Indian journal of veterinary science and animal husbandry - Volume 4,
Year: 1934
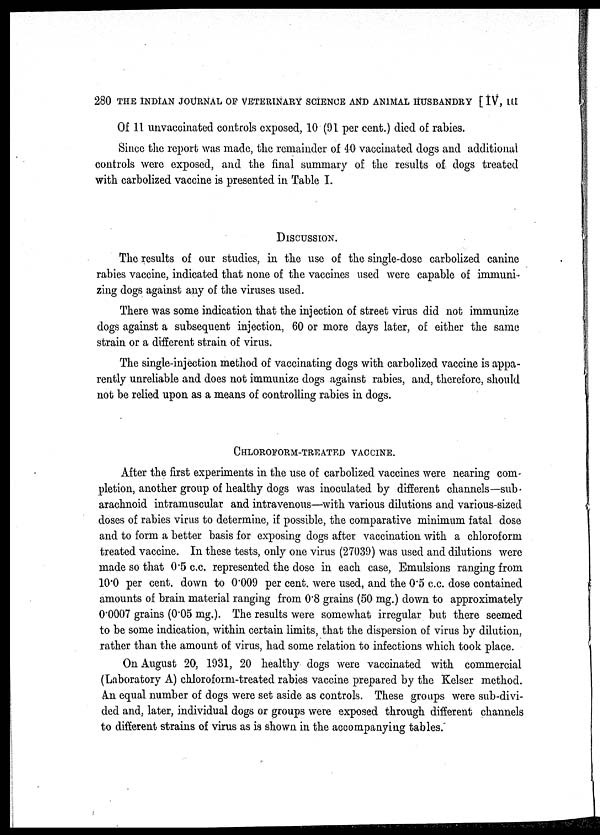
280 THE INDIAN JOURNAL OF VETERINARY SCIENCE AND ANIMAL HUSBANDRY [ IV, III
Of 11 unvaccinated controls exposed, 10 (91 per cent.) died of rabies.
Since the report was made, the remainder of 40 vaccinated dogs and additional
controls were exposed, and the final summary of the results of dogs treated
with carbolized vaccine is presented in Table I.
DISCUSSION.
The results of our studies, in the use of the single-dose carbolized canine
rabies vaccine, indicated that none of the vaccines used were capable of immuni-
zing dogs against any of the viruses used.
There was some indication that the injection of street virus did not immunize
dogs against a subsequent injection, 60 or more days later, of either the same
strain or a different strain of virus.
The single-injection method of vaccinating dogs with carbolized vaccine is appa-
rently unreliable and does not immunize dogs against rabies, and, therefore, should
not be relied upon as a means of controlling rabies in dogs.
CHLOROFORM-TREATED VACCINE.
After the first experiments in the use of carbolized vaccines were nearing com-
pletion, another group of healthy dogs was inoculated by different channels—sub
arachnoid intramuscular and intravenous—with various dilutions and various-sized
doses of rabies virus to determine, if possible, the comparative minimum fatal dose
and to form a better basis for exposing dogs after vaccination with a chloroform
treated vaccine. In these tests, only one virus (27039) was used and dilutions were
made so that 0.5 c.c. represented the dose in each case, Emulsions ranging from
10.0 per cent. down to 0.009 per cent. were used, and the 0.5 c.c. dose contained
amounts of brain material ranging from 0.8 grains (50 mg.) down to approximately
0.0007 grains (0.05 mg.). The results were somewhat irregular but there seemed
to be some indication, within certain limits, that the dispersion of virus by dilution,
rather than the amount of virus, had some relation to infections which took place.
On August 20, 1931, 20 healthy dogs were vaccinated with commercial
(Laboratory A) chloroform-treated rabies vaccine prepared by the Kelser method.
An equal number of dogs were set aside as controls. These groups were sub-divi-
ded and, later, individual dogs or groups were exposed through different channels
to different strains of virus as is shown in the accompanying tables.